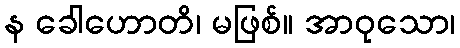
န ခေါဟောတိ၊ မဖြစ်။ အာဝုသော၊